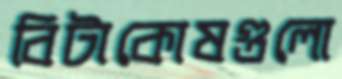
বিটাকোষগুলো